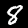
Digit: 8